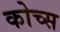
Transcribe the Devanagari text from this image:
कोच्स